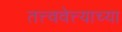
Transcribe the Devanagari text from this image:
तत्त्ववेत्त्याच्या